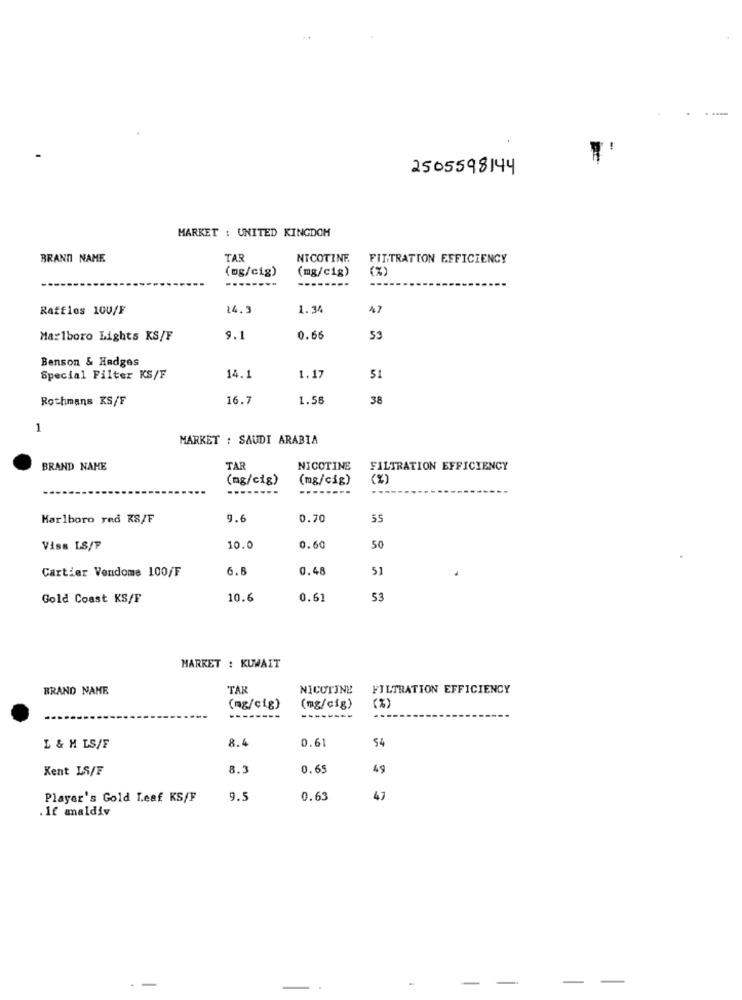
2505598144
MARKET : UNITED KINGDOM
BRAND NAME
TAR
NICOTINE.
FILTRATION EFFICIENCY
(mg/cig)
(mg/cig)
(%)
---
---
--------
---
Raffles 100/F
24.3
1.34
47
Marlboro Lights KS/F
9.1
0.66
53
Benson & Hedges
Special Filter KS/F
14.1
1.17
51
Rothmans KS/F
16.7
1.58
38
1
MARKET : SAUDI ARABIA
BRAND NAME
TAR
NICOTINE
FILTRATION EFFICIENCY
(mg/cig)
(mg/cig)
(%)
Marlboro red KS/F
9.6
0.70
55
Viss LS/F
10.0
0.60
50
6.6
0.48
51
Cartier Vendome 100/F
Gold Coast KS/F
10.6
0.61
53
MARKET : KUWAIT
BRAND NAME
TAR
NICOTINE
FILTRATION EFFICIENCY
(mg/cig)
(mg/cig)
-----
8.4
0.61
54
L & H LS/F
Kent LS/F
8.3
0.65
49
Player's Gold Leaf KS/F
9.5
0.63
47
. If analdiv